Vaccination in Burma 1889-1999 - 1889-1999
Year: 1889
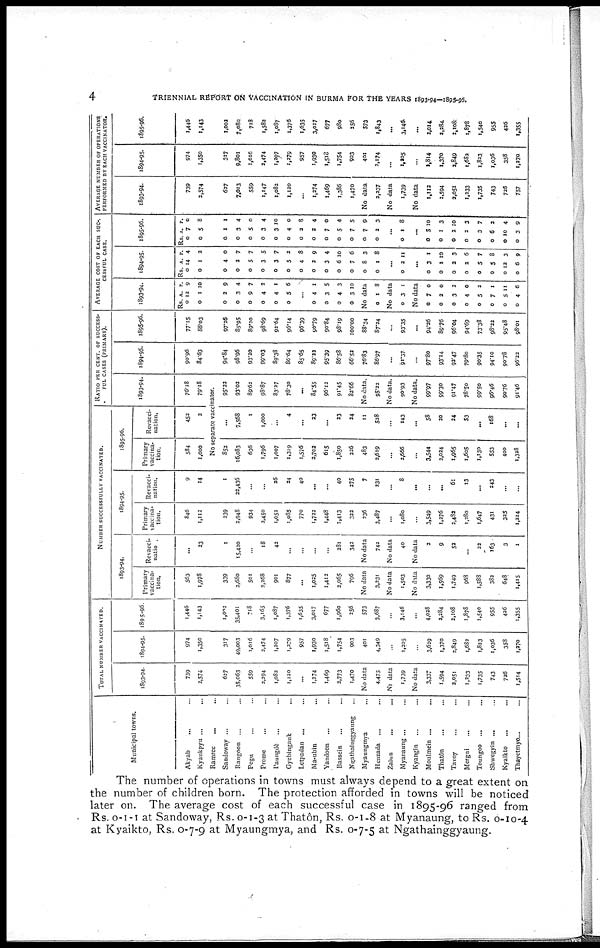
4
TRIENNIAL REPORT ON VACCINATION IN BURMA FOR THE YEARS 1893-94—1895-96.
Municipal towns.
Akyab ... ...
Kyaukpyu ... ...
Ramree ... ...
Sandoway ... ... ...
Rangoon ... ...
Pegu ... ...
Prorme ... ...
Paungdè ... ...
Gyebingauk ... ...
Letpadan ... ...
Ma-ubin ... ...
Yandoon ... ...
Bassein ... ...
Ngathalnggyanng ...
Myaungmya ...
Henzada ... ...
Zalun ... ...
Myanaung ... ...
Kyangin ... ...
Moulmein
...
...
Thatôn ... ...
Tavoy ... ...
Mergui ... ...
Toungoo ... ...
Shwegyin ... ...
Kyaikto ... ...
Thayetmyo... ...
TOTAL NUMBER VACCINATED.
1893-94.
739
2,574
...
627
35,063
559
2,294
1,082
1,120
...
1,274
1,469
2,773
1,470
No data
4,475
No data
1,739
No data
3,337
1,594
2,051
1,233
1,735
743
726
1,514
1894-95.
974
1,350
...
317
49,003
1,016
2,474
1,207
1,279
957
1,930
1,518
1,754
903
401
4,349
...
1,205
...
3,629
1,370
2,849
1,682
1,823
1,036
358
1,270
1895-96.
1,446
1,143
...
1,002
35,401
718
3,165
1,087
1,376
1,635
3,017
677
1,960
256
573
3,687
...
3,146
...
4,028
2,284
2,108
1,878
1,540
955
426
1,355
NUMUER SUCCESSFULLY VACCINATED.
1893-94.
Primary
vaccina-
tion.
563
1,978
...
339
2,680
501
2,268
901
877
...
1,025
1,412
2,065
796
No data
3,231
No data
1,503
No data
3,330
1,569
1,749
968
1,588
382
648
1,415
Revacci-
natio.
...
23
...
1
15,420
...
18
42
...
...
...
...
281
342
No data
742
No data
40
No data
2
9
52
...
22
163
3
1
1894-95.
Primary
vaccina-
tion.
846
1,112
...
239
2,948
934
2,450
1,052
1,085
770
1,722
1,448
1,413
322
236
3,487
...
1,080
...
3,549
1,276
2,482
1,280
1,647
431
325
1,224
Revacci-
nation.
9
14
...
1
22,436
...
...
26
24
40
...
...
40
275
7
231
...
8
...
...
...
61
13
...
243
...
...
1895-96.
Primary
vaccina-
tion.
584
1,000
Revacci-
nation.
452
2
RATIO PER CENT. OF SUCCESS-
FUL CASES (PRIMARY).
1893-94.
76.18
79.18
No separate vaccinator.
852
16,083
636
1,796
1,007
1,319
1,576
2,702
615
1,850
226
483
2,619
...
2,666
...
3,544
2,024
1,965
1,605
1,130
553
400
1,328
...
7,568
1
1,000
...
4
...
33
...
23
34
11
528
...
143
...
58
20
24
53
...
168
...
...
95.32
93.02
89.62
98.87
83.27
78.30
...
84.55
96.12
91.45
82.66
No data.
95.22
No data.
90.93
No data.
99.97
99.30
91.47
78.50
99.50
96.46
90.76
91.46
1894-95.
90.96
84.63
...
94.84
98.96
93.20
99.03
89.38
86.64
85.65
89.22
95.39
86.58
66.52
76.83
86.97
...
91.37
...
97.80
93.14
92.47
79.80
90.35
94.10
90.78
96.22
1895-96.
77.15
88.03
...
97.26
85.95
89.20
98.69
92.64
96.14
96.39
90.79
90.84
98.19
100.00
88.34
87.24
...
93.35
...
94.26
89.76
96.04
94.69
73.38
98.22
95.48
98.01
AVERAGE COST OF EACH suc-.
CESSFUL CASE.
1893-94.
Rs.
0
0
A.
12
1
P.
9
10
...
0
0
0
0
0
0
2
3
9
4
4
5
9
4
7
3
1
6
...
0
0
0
0
4
3
4
3
1
5
3
10
No data
0 1 8
No data
0 3 1
No data
0
0
0
0
0
0
0
0
7
2
3
4
5
7
5
4
0
0
3
0
3
1
11
6
1894-95.
Rs.
0
0
A.
14
1
P.
4
2
...
0
0
0
0
0
0
0
0
0
0
0
0
0
4
2
5
3
3
5
4
2
3
6
7
8
1
0
7
7
5
7
2
8
9
4
10
6
3
8
...
0 2 11
...
0
0
0
0
0
0
0
0
3
1
2
2
5
5
12
6
1
10
3
6
7
8
3
9
1895-96.
Rs.
0
0
A.
7
5
P.
0
8
...
0.
0
0
0
0
0
0
0
0
0
0
0
0
1
3
5
3
3
4
2
3
7
5
7
7
2
1
4
0
4
10
0
8
4
0
4
5
9
3
...
0 1 8
...
0
0
0
0
0
0
0
0
5
1
2
2
3
6
10
3
10
3
10
3
7
2
4
9
AVERAGE NUMBER OF OPERATIONS
PERFORMED BY EACH VACCINATOR.
1893-94.
739
2,574
...
627
7,013
559
1,147
1,082
1,120
...
1,274
1,469
1,386
1,470
No data
2,237
No data
1,739
No data
1,112
1,594
2,051
1,233
1,735
743
726
757
1894-95.
974
1,350
...
317
9,801
1,016
3,474
1,297
1,279
957
1,930
1,512
1,754
903
401
2,174
...
1,205
...
1,814
1,370
2,849
1,682
1,823
1,036
358
1,270
1895-96.
1,446
1,143
...
1,002
7,080
718
1,582
1,087
1,376
1,635
3,017
677
980
356
573
1,843
...
3,146
...
3,014
2,284
2,108
1,878
1,540
955
436
The number of operations in towns must always depend to a great extent on
the number of children born. The protection afforded in towns will be noticed
later on. The average cost of each successful case in 1895-96 ranged from
Rs. 0-1-1 at Sandoway, Rs. 0-1-3 at Thatôn, Rs. 0-1-8 at Myanaung, to Rs. 0-10-4
at Kyaikto, Rs. 0-7-9 at .yaungmya, and Rs. 0-7-5 at Ngathainggyaung.